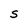
Character: s